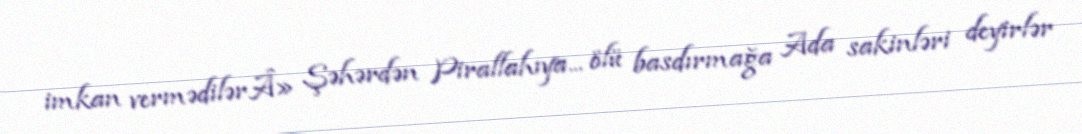
imkan vermədilərÂ» Şəhərdən Pirallahıya... ölü basdırmağa Ada sakinləri deyirlər